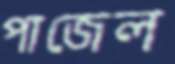
পাজেল